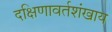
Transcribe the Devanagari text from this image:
दक्षिणावर्तशंखाय